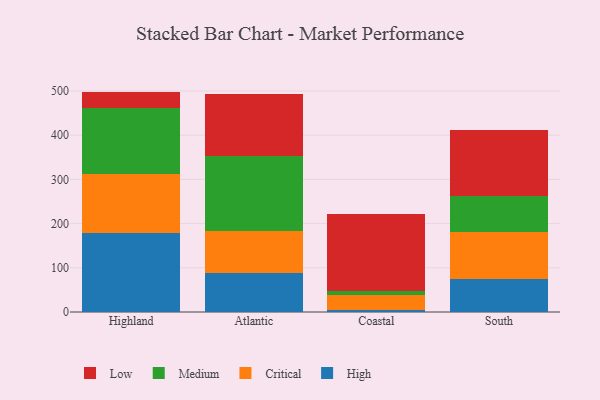
{"axis": {"x": "Region", "y": "Energy Usage (MWh)"}, "legend": ["Critical", "High", "Low", "Medium"], "data": [{"x": "Highland", "y": 179.0, "type": "High"}, {"x": "Highland", "y": 133.5, "type": "Critical"}, {"x": "Highland", "y": 147.9, "type": "Medium"}, {"x": "Highland", "y": 38.2, "type": "Low"}, {"x": "Atlantic", "y": 88.5, "type": "High"}, {"x": "Atlantic", "y": 95.1, "type": "Critical"}, {"x": "Atlantic", "y": 168.9, "type": "Medium"}, {"x": "Atlantic", "y": 140.2, "type": "Low"}, {"x": "Coastal", "y": 5.2, "type": "High"}, {"x": "Coastal", "y": 34.3, "type": "Critical"}, {"x": "Coastal", "y": 7.9, "type": "Medium"}, {"x": "Coastal", "y": 175.4, "type": "Low"}, {"x": "South", "y": 74.1, "type": "High"}, {"x": "South", "y": 106.2, "type": "Critical"}, {"x": "South", "y": 81.6, "type": "Medium"}, {"x": "South", "y": 150.3, "type": "Low"}]}